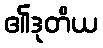
၏ဒုတိယ